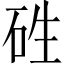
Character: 𥑥